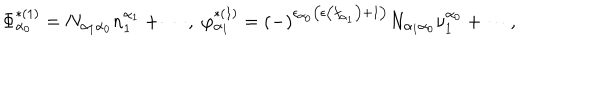
LaTeX: \Phi _ { \alpha _ { 0 } } ^ { * ( 1 ) } = N _ { \alpha _ { 1 } \alpha _ { 0 } } n _ { 1 } ^ { \alpha _ { 1 } } + \cdots , \; \varphi _ { \alpha _ { 1 } } ^ { * ( 1 ) } = \left( - \right) ^ { \epsilon _ { \alpha _ { 0 } } \left( \epsilon \left( f _ { \alpha _ { 1 } } \right) + 1 \right) } N _ { \alpha _ { 1 } \alpha _ { 0 } } \nu _ { 1 } ^ { \alpha _ { 0 } } + \cdots ,